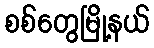
စစ်တွေမြို့နယ်